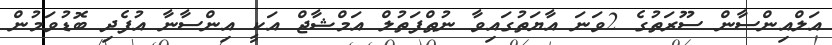
އަލްއިންސާން ސޫރަތުގެ 2ވަނަ އާޔަތުގައިވާ ނުޠްފަތުލް އަމްޝާޖް އަކީ އިންސާނާ އުފެދި ބޮޑުވަމުން